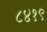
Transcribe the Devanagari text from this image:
८४१९